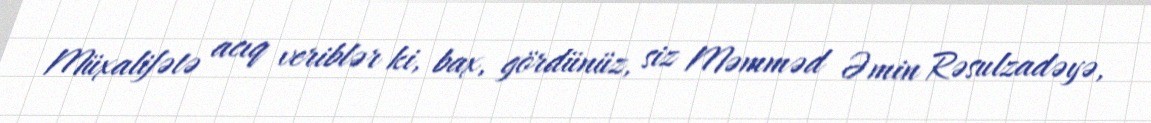
Müxalifətə acıq veriblər ki, bax, gördünüz, siz Məmməd Əmin Rəsulzadəyə,